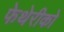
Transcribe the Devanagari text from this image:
फेथेरीको